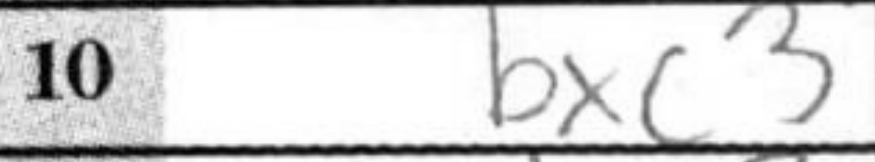
Transcription: bxc3